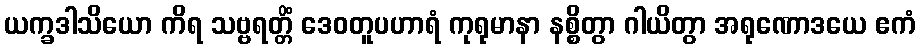
ယက္ခဒါသိယော ကိရ သဗ္ဗရတ္တိံ ဒေဝတူပဟာရံ ကုရုမာနာ နစ္စိတွာ ဂါယိတွာ အရုဏောဒယေ ဧကံ